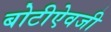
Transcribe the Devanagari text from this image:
बोटीऐवजी